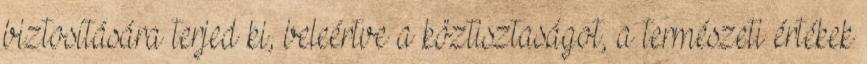
biztosítására terjed ki, beleértve a köztisztaságot, a természeti értékek